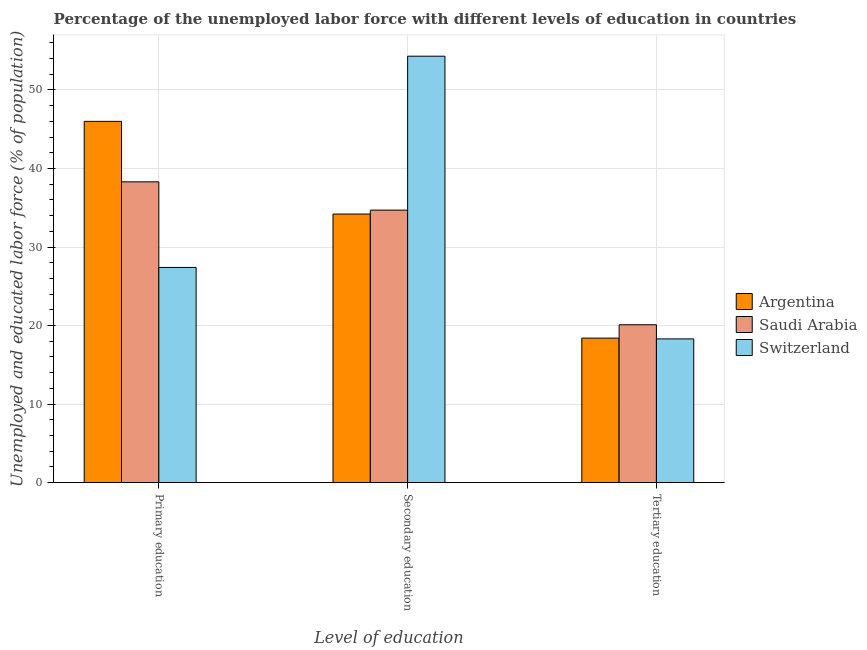
| Level of education | Argentina | Saudi Arabia | Switzerland |
 | --- | --- | --- | --- |
 | Primary education | 46 | 38.3 | 27.4 |
 | Secondary education | 34.2 | 34.7 | 54.3 |
 | Tertiary education | 18.4 | 20.1 | 18.3 |